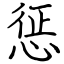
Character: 惩